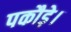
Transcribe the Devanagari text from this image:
पकौड़े।